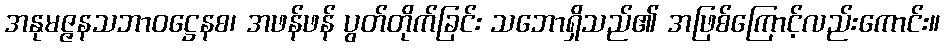
အနုမဇ္ဇနသဘာဝဋ္ဌေနစ၊ အဖန်ဖန် ပွတ်တိုက်ခြင်း သဘောရှိသည်၏ အဖြစ်ကြောင့်လည်းကောင်း။